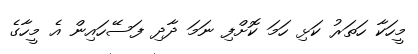
މީހަކާ ހަތަރު ކަޅި ހަމަ ކޮށްފި ނަމަ ދާދި ފަސޭހައިން އެ މީހާގެ